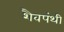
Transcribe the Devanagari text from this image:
शैवपंथी